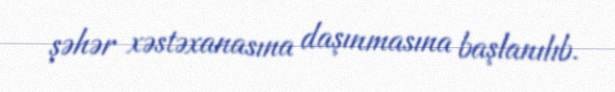
şəhər xəstəxanasına daşınmasına başlanılıb.